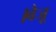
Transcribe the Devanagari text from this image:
।बैजू